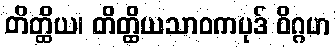
တိတ္ထိယ၊ တိတ္ထိယသာဝကပုဒ် ဝိဂ္ဂဟ